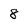
Character: 8